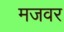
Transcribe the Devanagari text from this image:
मजवर